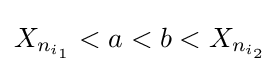
X_{n_{i_{1}}}<a<b<X_{n_{i_{2}}}